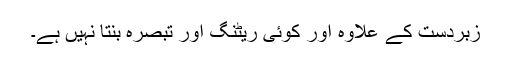
زبردست کے علاوہ اور کوئی ریٹنگ اور تبصرہ بنتا نہیں ہے۔